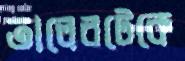
তালেরটেকে